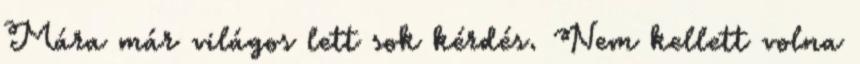
Mára már világos lett sok kérdés. Nem kellett volna